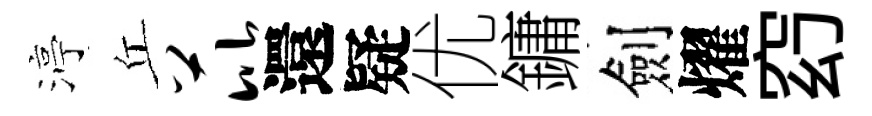
渟丘芘還疑优鏞劍燿𥥆